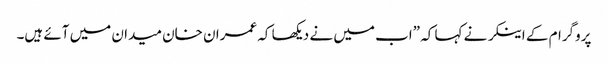
پروگرام کے اینکر نے کہا کہ ”اب میں نے دیکھا کہ عمران خان میدان میں آئے ہیں۔